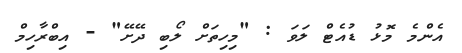
އެންމެ މޮޅު ޑުއެޓް ލަވަ : "މިހިތަށް ލޯބި ދޭށޭ" - އިބްރާހިމް